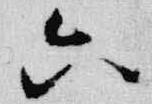
六